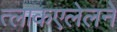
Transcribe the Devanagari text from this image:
त्लाकएलेलने